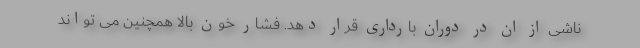
ناشی از ان در دوران بارداری قرار دهد. فشار خون بالا همچنین می تواند